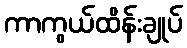
ကာကွယ်ထိန်းချုပ်